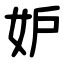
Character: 妒